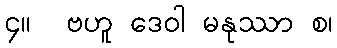
၄။  ဗဟူ ဒေဝါ မနုဿာ စ၊